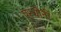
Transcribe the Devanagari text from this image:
परधौनी